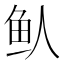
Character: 𬶁